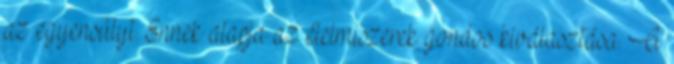
az egyensúlyt. Ennek alapja az élelmiszerek gondos kiválasztása. A